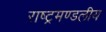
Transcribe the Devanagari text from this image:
राष्‍ट्रमण्‍डलीय